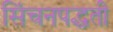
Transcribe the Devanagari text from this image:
सिंचनपद्धती